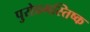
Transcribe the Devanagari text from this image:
पुरोप्रमस्तिष्क